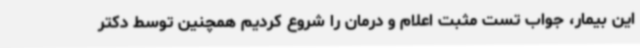
این بیمار، جواب تست مثبت اعلام و درمان را شروع کردیم همچنین توسط دکتر